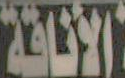
الأناقة